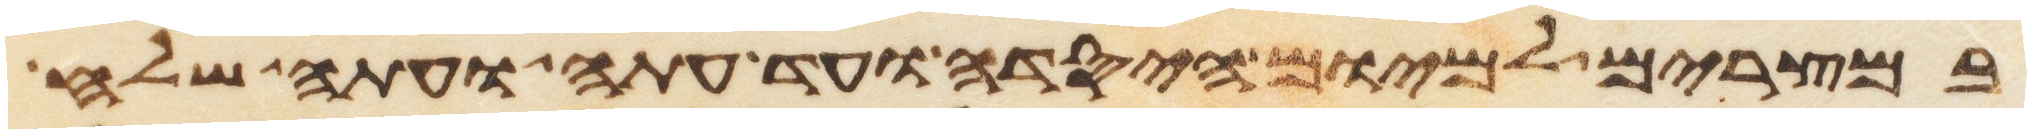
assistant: במצרים למיום היסדה ועד עתה ועתה שלח